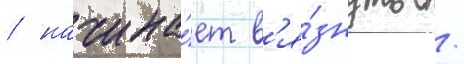
/ начина́ет в'я́знуть /